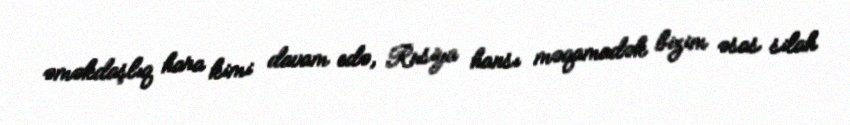
əməkdaşlıq hara kimi davam edə, Rusiya hansı məqamadək bizim əsas silah